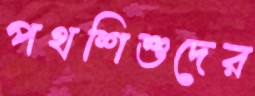
পথশিশুদের